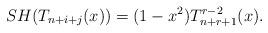
LaTeX: \begin{align*} SH(T_{n+i+j} (x))=(1-x^2) T_{n+r+1}^{r-2} (x). \end{align*}